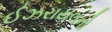
ઈઝરાયલનો